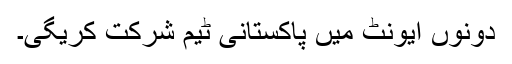
دونوں ایونٹ میں پاکستانی ٹیم شرکت کریگی۔